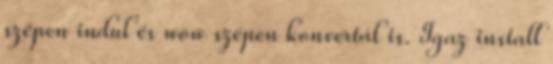
szépen indul és wow szépen konvertál is. Igaz install